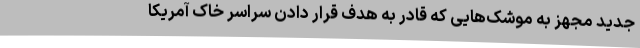
جدید مجهز به موشک‌هایی که قادر به هدف قرار دادن سراسر خاک آمریکا